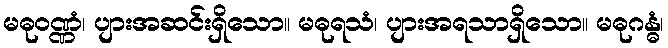
မဓုဝဏ္ဏံ၊ ပျားအဆင်းရှိသော။ မဓုရသံ၊ ပျားအရသာရှိသော။ မဓုဂန္ဓံ၊